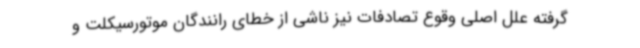
گرفته علل اصلی وقوع تصادفات نیز ناشی از خطای رانندگان موتورسیکلت و